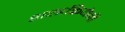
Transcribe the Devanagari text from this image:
शस्त्रक्रियेनी